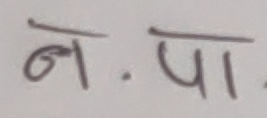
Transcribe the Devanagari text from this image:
न. पा.